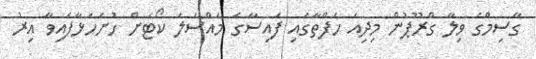
ގާސިމްގެ ވިލާ ގްރޫޕުން މިދިއަ ހަފްތާގައި ފައިސާގެ މައްސަލަ ކޯޓަށް ހުށަހަޅާފައިވާ އިރު